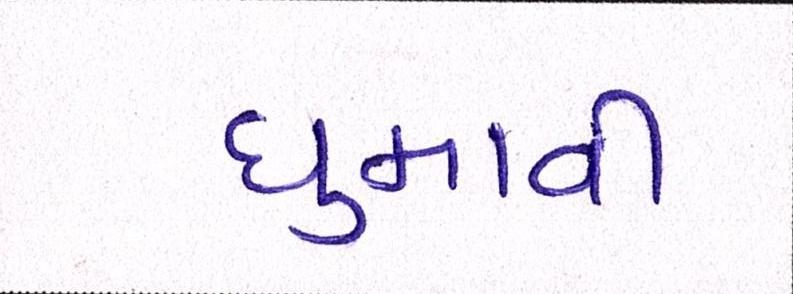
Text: ઘુમાવી